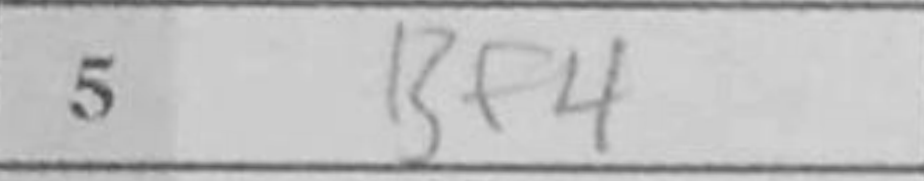
Transcription: Bf4